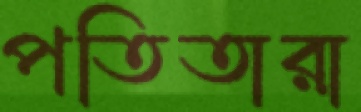
পতিতারা